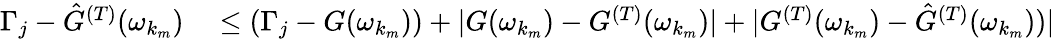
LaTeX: \begin{array}{rl}{\Gamma_{j}-\hat{G}^{(T)}(\omega_{k_{m}})}&{{}\leq(\Gamma_{j}-{G}(\omega_{k_{m}}))+|{G}(\omega_{k_{m}})-{G}^{(T)}(\omega_{k_{m}})|+|{G}^{(T)}(\omega_{k_{m}})-\hat{G}^{(T)}(\omega_{k_{m}}))|}\end{array}